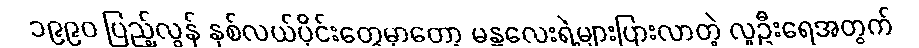
၁၉၉၀ ပြည့်လွန် နှစ်လယ်ပိုင်းတွေမှာတော့ မန္တလေးရဲ့များပြားလာတဲ့ လူဦးရေအတွက်